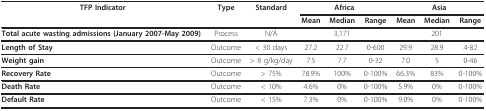
<table><thead><tr><td><b>TFP Indicator</b></td><td><b>Type</b></td><td><b>Standard</b></td><td colspan="3"><b>Africa</b></td><td colspan="3"><b>Asia</b></td></tr><tr><td></td><td></td><td></td><td><b>Mean</b></td><td><b>Median</b></td><td><b>Range</b></td><td><b>Mean</b></td><td><b>Median</b></td><td><b>Range</b></td></tr></thead><tbody><tr><td><b>Total acute wasting admissions (January 2007-May 2009)</b></td><td>Process</td><td>N/A</td><td></td><td>3,171</td><td></td><td></td><td>201</td><td></td></tr><tr><td><b>Length of Stay</b></td><td>Outcome</td><td>&lt; 30 days</td><td>27.2</td><td>22.7</td><td>0-600</td><td>29.9</td><td>28.9</td><td>4-82</td></tr><tr><td><b>Weight gain</b></td><td>Outcome</td><td>&gt; 8 g/kg/day</td><td>7.5</td><td>7.7</td><td>0-32</td><td>7.0</td><td>5</td><td>0-46</td></tr><tr><td><b>Recovery Rate</b></td><td>Outcome</td><td>&gt; 75%</td><td>78.9%</td><td>100%</td><td>0-100%</td><td>66.3%</td><td>83%</td><td>0-100%</td></tr><tr><td><b>Death Rate</b></td><td>Outcome</td><td>&lt; 10%</td><td>4.6%</td><td>0%</td><td>0-100%</td><td>5.9%</td><td>0%</td><td>0-100%</td></tr><tr><td><b>Default Rate</b></td><td>Outcome</td><td>&lt; 15%</td><td>7.3%</td><td>0%</td><td>0-100%</td><td>9.0%</td><td>0%</td><td>0-100%</td></tr></tbody></table>